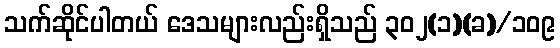
သက်ဆိုင်ပါတယ် ဒေသများလည်းရှိသည် ၃၀၂(၁)(ခ)/၁၀၉